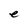
Character: e